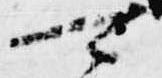
可